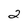
Character: 2